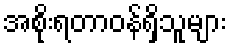
အစိုးရတာဝန်ရှိသူများ